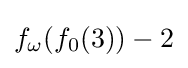
f_{\omega }(f_{0}(3))-2